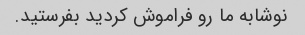
نوشابه ما رو فراموش کردید بفرستید.